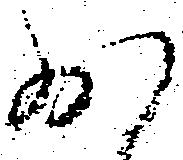
少